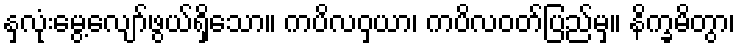
နှလုံးမွေ့လျော်ဖွယ်ရှိသော။ ကပိလဝှယာ၊ ကပိလဝတ်ပြည်မှ။ နိက္ခမိတွာ၊